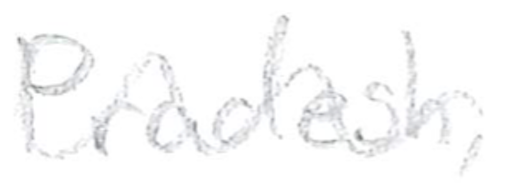
Text: Pradesh,
Cross-out: wave
Writing tool: pencil